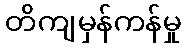
တိကျမှန်ကန်မှု